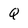
Character: Q